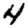
Digit: 4